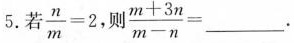
5.若 $$\frac{n}{m}=2$$ ,则 $$\frac{m+3n}{m-n}=___$$.